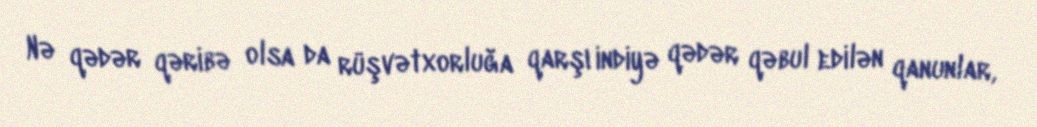
Nə qədər qəribə olsa da rüşvətxorluğa qarşı indiyə qədər qəbul edilən qanunlar,